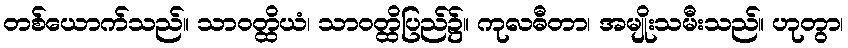
တစ်ယောက်သည်။ သာဝတ္ထိယံ၊ သာဝတ္ထိပြည်၌။ ကုလဓီတာ၊ အမျိုးသမီးသည်။ ဟုတွာ၊